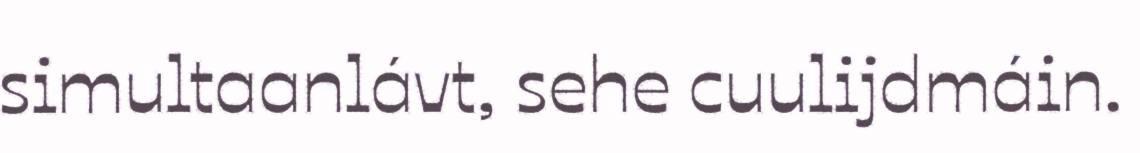
simultaanlávt, sehe cuulijdmáin.